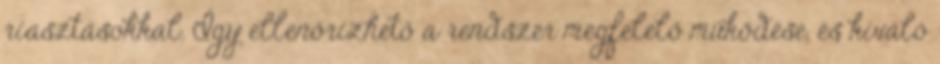
riasztásokkal. Így ellenőrizhető a rendszer megfelelő működése, és kiváló